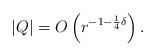
LaTeX: \begin{align*}|Q|= O\left(r^{-1-\frac{1}{4}\delta}\right).\end{align*}